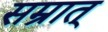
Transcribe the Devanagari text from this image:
सम्रात्